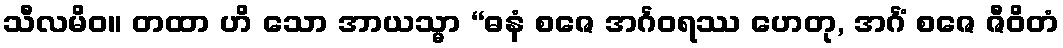
သီလမိဝ။ တထာ ဟိ သော အာယသ္မာ “ဓနံ စဇေ အင်္ဂဝရဿ ဟေတု, အင်္ဂံ စဇေ ဇီဝိတံ